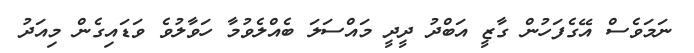
ނަމަވެސް އޭގެފަހުން ގާޒީ އަބްދު ދީދީ މައްސަލަ ބެއްލެވުމާ ހަވާލުވެ ވަޑައިގެން މިއަދު